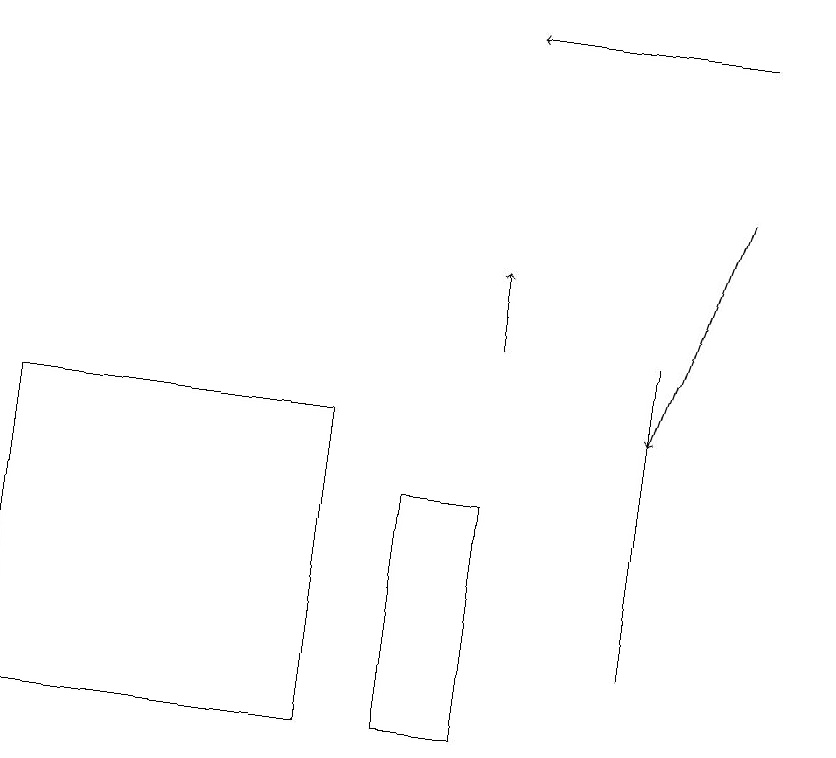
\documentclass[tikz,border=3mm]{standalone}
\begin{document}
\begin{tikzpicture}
\draw[->] (6,15) -- (6,16);
\draw (8,15) rectangle (8,11);
\draw (4,10) rectangle (0,14);
\draw[->] (9,17) -- (8,14);
\draw[->] (9,19) -- (6,19);
\draw (10,11) circle (0);
\draw (6,10) rectangle (5,13);
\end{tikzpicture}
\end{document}